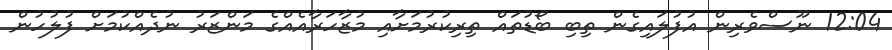
12:04 ނޫސްވެރިން އުފުލައިގެން ތިބި ބޯޑުތައް ތިރިކުރުމަށާއި މުޒާހަރާއެއްގެ މަންޒަރު ނުދެއްކުމަށް ފުލުހުން